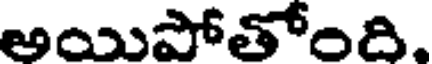
అయిపోతోంది,